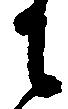
に